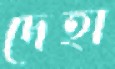
দেহা